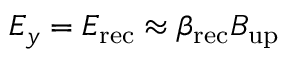
E _ { y } = E _ { \mathrm { r e c } } \approx \beta _ { \mathrm { r e c } } B _ { \mathrm { u p } }